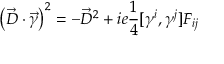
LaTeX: \left( \vec { D } \cdot \vec { \gamma } \right) ^ { 2 } = - \vec { D } ^ { 2 } + i e { \frac { 1 } { 4 } } [ \gamma ^ { i } , \gamma ^ { j } ] F _ { i j }